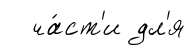
ча́ст'и дл'я